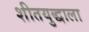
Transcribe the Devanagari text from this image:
शीतयुद्धाला